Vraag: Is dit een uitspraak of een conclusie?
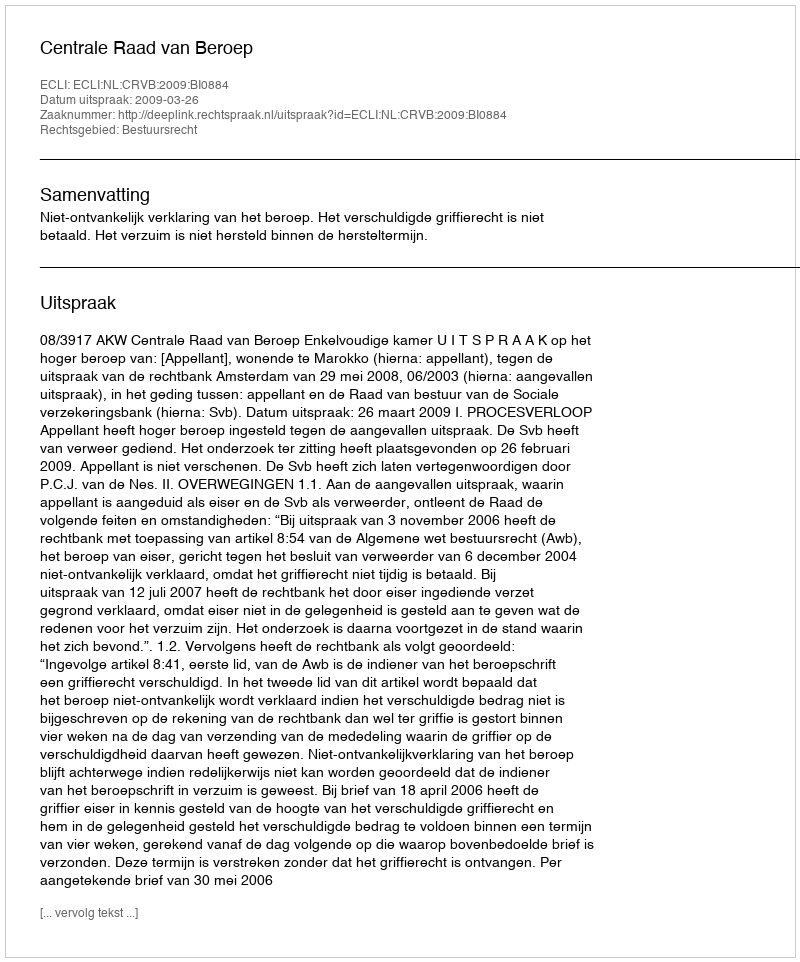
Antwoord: Uitspraak